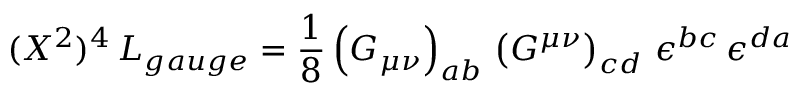
( { \cal X } ^ { 2 } ) ^ { 4 } \, { \cal L } _ { g a u g e } = \frac { 1 } { 8 } \left( G _ { \mu \nu } \right) _ { a b } \, \left( G ^ { \mu \nu } \right) _ { c d } \, \epsilon ^ { b c } \, \epsilon ^ { d a }